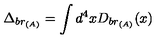
\Delta _ { b r _ { ( A ) } } = \int d ^ { 4 } x D _ { b r _ { ( A ) } } ( x )